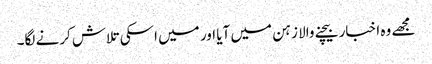
مجھے وہ اخبار بیچنے والا زہن میں آیا اور میں اسکی تلاش کرنے لگا۔